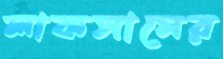
লাকসামের